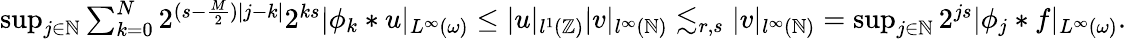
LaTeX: \begin{array}{r}{\operatorname*{sup}_{j\in\mathbb{N}}\sum_{k=0}^{N}2^{(s-\frac{M}{2})|j-k|}2^{ks}|\phi_{k}\ast u|_{L^{\infty}(\omega)}\leq|u|_{l^{1}(\mathbb{Z})}|v|_{l^{\infty}(\mathbb{N})}\lesssim_{r,s}|v|_{l^{\infty}(\mathbb{N})}=\operatorname*{sup}_{j\in\mathbb{N}}2^{js}|\phi_{j}\ast f|_{L^{\infty}(\omega)}.}\end{array}